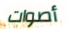
أصوات